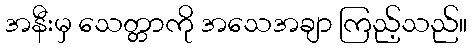
အနီးမှ သေတ္တာကို အသေအချာ ကြည့်သည်။